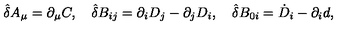
{ \hat { \delta } } A _ { \mu } = \partial _ { \mu } C , \quad { \hat { \delta } } B _ { i j } = \partial _ { i } D _ { j } - \partial _ { j } D _ { i } , \quad { \hat { \delta } } B _ { 0 i } = { \dot { D } } _ { i } - \partial _ { i } d ,